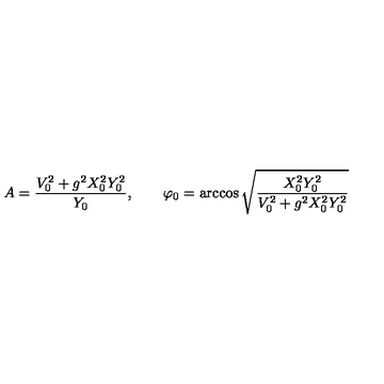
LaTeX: A = \frac { V _ { 0 } ^ { 2 } + g ^ { 2 } X _ { 0 } ^ { 2 } Y _ { 0 } ^ { 2 } } { Y _ { 0 } } , \qquad \varphi _ { 0 } = \arccos \sqrt { \frac { X _ { 0 } ^ { 2 } Y _ { 0 } ^ { 2 } } { V _ { 0 } ^ { 2 } + g ^ { 2 } X _ { 0 } ^ { 2 } Y _ { 0 } ^ { 2 } } }